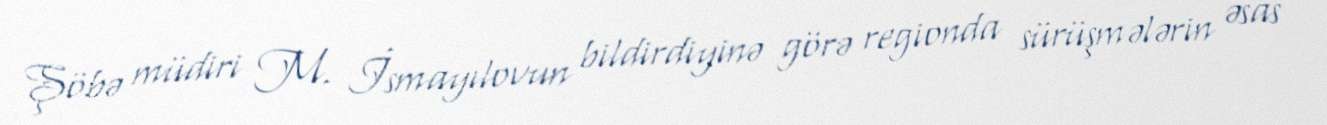
Şöbə müdiri M. İsmayılovun bildirdiyinə görə regionda sürüşmələrin əsas